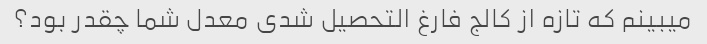
میبینم که تازه از کالج فارغ التحصیل شدی معدل شما چقدر بود؟